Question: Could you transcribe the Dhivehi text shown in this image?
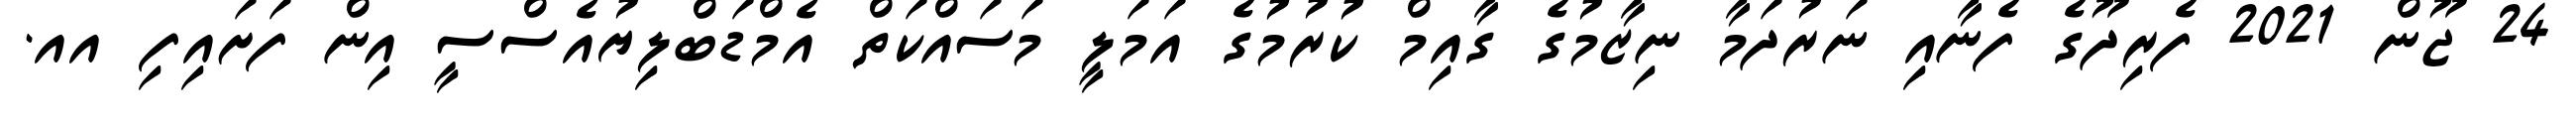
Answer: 24 ޖޫން 2021 ފެރިދޫގެ ފެނާއި ނަރުދަމާ ނިޒާމުގެ ގާއިމް ކުރުމުގެ އަމަލީ މަސައްކަތް އެމްޑަބްލިޔުއެސްސީ އިން ފަށައިފި އއ.